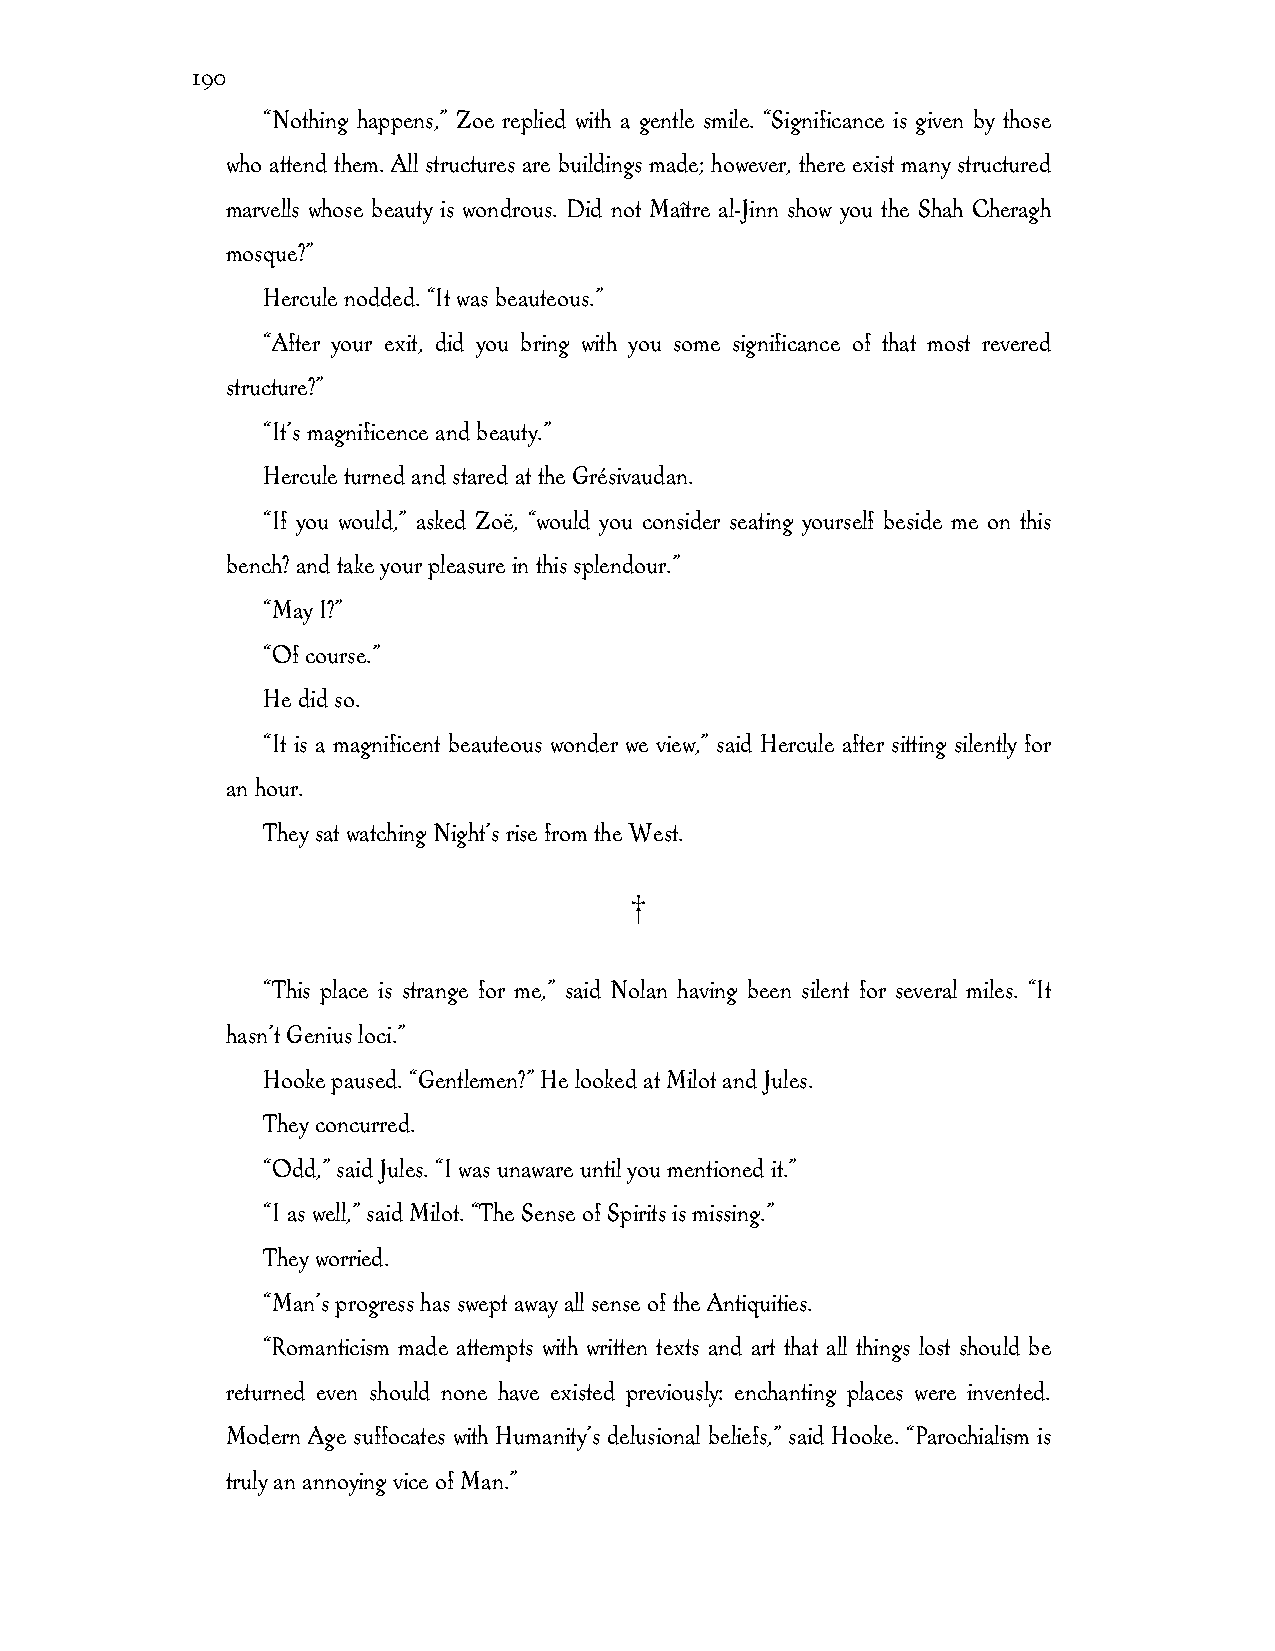
190
 “Nothing happens,” Zoe replied with a gentle smile. “Significance is given by those
 who attend them. All structures are buildings made; however, there exist many structured
 marvells whose beauty is wondrous. Did not Maître al-Jinn show you the Shah Cheragh
 mosque?”
 Hercule nodded. “It was beauteous.”
 “After your exit, did you bring with you some significance of that most revered
 structure?”
 “It’s magnificence and beauty.”
 Hercule turned and stared at the Grésivaudan.
 “If you would,” asked Zoë, “would you consider seating yourself beside me on this
 bench? and take your pleasure in this splendour.”
 “May I?”
 “Of course.”
 He did so.
 “It is a magnificent beauteous wonder we view,” said Hercule after sitting silently for
 an hour.
 They sat watching Night’s rise from the West.
 †
 “This place is strange for me,” said Nolan having been silent for several miles. “It
 hasn’t Genius loci.”
 Hooke paused. “Gentlemen?” He looked at Milot and Jules.
 They concurred.
 “Odd,” said Jules. “I was unaware until you mentioned it.”
 “I as well,” said Milot. “The Sense of Spirits is missing.”
 They worried.
 “Man’s progress has swept away all sense of the Antiquities.
 “Romanticism made attempts with written texts and art that all things lost should be
 returned even should none have existed previously: enchanting places were invented.
 Modern Age suffocates with Humanity’s delusional beliefs,” said Hooke. “Parochialism is
 truly an annoying vice of Man.”